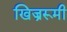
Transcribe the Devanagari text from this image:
खिज्ररूमी